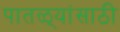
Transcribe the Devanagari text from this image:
पातळ्यांसाठी